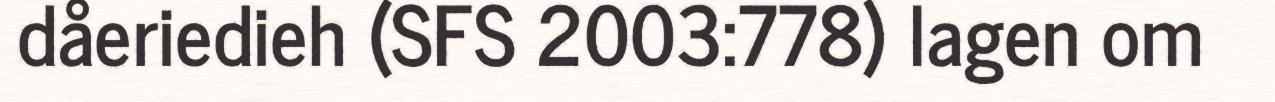
dåeriedieh (SFS 2003:778) lagen om